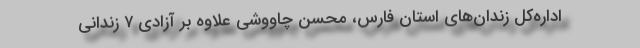
اداره‌کل زندان‌های استان فارس، محسن چاووشی علاوه بر آزادی ۷ زندانی